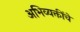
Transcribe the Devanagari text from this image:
अभिव्यक्तींचे